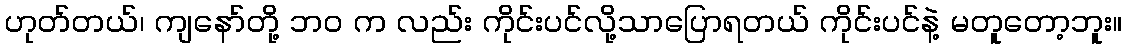
ဟုတ်တယ်၊ ကျနော်တို့ ဘ၀ က လည်း ကိုင်းပင်လို့သာပြောရတယ် ကိုင်းပင်နဲ့ မတူတော့ဘူး။